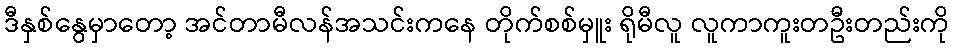
ဒီနှစ်နွေမှာတော့ အင်တာမီလန်အသင်းကနေ တိုက်စစ်မှူး ရိုမီလူ လူကာကူးတဦးတည်းကို